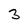
Character: 3